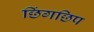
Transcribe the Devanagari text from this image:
छिंगछिप